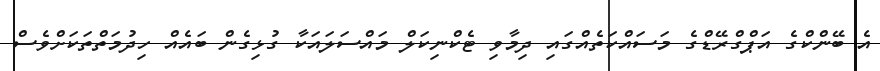
އެ ބޭންކްގެ އަޕްގްރޭޑްގެ މަސައްކަތެއްގައި ދިމާވި ޓެކްނިކަލް މައްސަލައަކާ ގުޅިގެން ބައެއް ހިދުމަތްތަކަށްވެސް